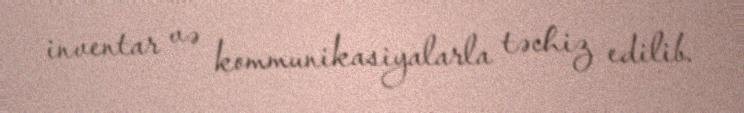
inventar və kommunikasiyalarla təchiz edilib.